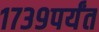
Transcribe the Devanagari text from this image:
१७३९पर्यंत